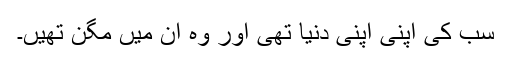
سب کی اپنی اپنی دنیا تھی اور وہ ان میں مگن تھیں۔